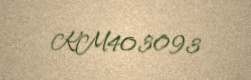
KM403093